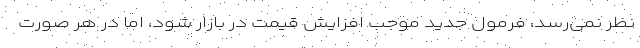
نظر نمی‌رسد، فرمول جدید موجب افزایش قیمت در بازار شود، اما در هر صورت